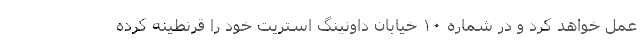
عمل خواهد کرد و در شماره ۱۰ خیابان داونینگ استریت خود را قرنطینه کرده